Indian journal of veterinary science and animal husbandry - Volumes 18-21, 1948-1951
Year: 1948
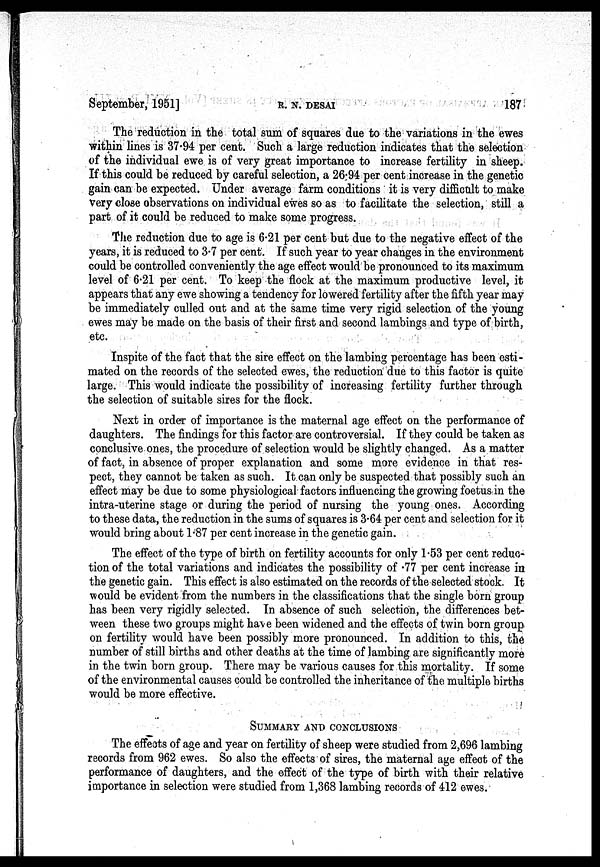
September, 1951]
R.
N.
DESAI
187
The reduction in the total sum of squares due to the variations in the ewes
within lines is 37.94 per cent. Such a large reduction indicates that the selection
of the individual ewe is of very great importance to increase fertility in sheep.
If this could be reduced by careful selection, a 26.94 per cent increase in the genetic
gain can be expected. Under average farm conditions it is very difficult to make
very close observations on individual ewes so as to facilitate the selection, still a
part of it could be reduced to make some progress.
The reduction due to age is 6.21 per cent but due to the negative effect of the
years, it is reduced to 3.7 per cent. If such year to year changes in the environment
could be controlled conveniently the age effect would be pronounced to its maximum
level of 6.21 per cent. To keep the flock at the maximum productive level, it
appears that any ewe showing a tendency for lowered fertility after the fifth year may
be immediately culled out and at the same time very rigid selection of the young
ewes may be made on the basis of their first and second lambings and type of birth,
etc.
Inspite of the fact that the sire effect on the lambing percentage has been esti-
mated on the records of the selected ewes, the reduction due to this factor is quite
large. This would indicate the possibility of increasing fertility further through
the selection of suitable sires for the flock.
Next in order of importance is the maternal age effect on the performance of
daughters. The findings for this factor are controversial. If they could be taken as
conclusive ones, the procedure of selection would be slightly changed. As a matter
of fact, in absence of proper explanation and some more evidence in that res-
pect, they cannot be taken as such. It can only be suspected that possibly such an
effect may be due to some physiological factors influencing the growing foetus in the
intra-uterine stage or during the period of nursing the young ones. According
to these data, the reduction in the sums of squares is 3.64 per cent and selection for it
would bring about 1.87 per cent increase in the genetic gain.
The effect of the type of birth on fertility accounts for only 1.53 per cent reduc-
tion of the total variations and indicates the possibility of .77 per cent increase in
the genetic gain. This effect is also estimated on the records of the selected stock. It
would be evident from the numbers in the classifications that the single born group
has been very rigidly selected. In absence of such selection, the differences bet-
ween these two groups might have been widened and the effects of twin born group
on fertility would have been possibly more pronounced. In addition to this, the
number of still births and other deaths at the time of lambing are significantly more
in the twin born group. There may be various causes for this mortality. If some
of the environmental causes could be controlled the inheritance of the multiple births
would be more effective.
SUMMARY AND CONCLUSIONS
The effects of age and year on fertility of sheep were studied from 2,696 lambing
records from 962 ewes. So also the effects of sires, the maternal age effect of the
performance of daughters, and the effect of the type of birth with their relative
importance in selection were studied from 1,368 lambing records of 412 ewes.